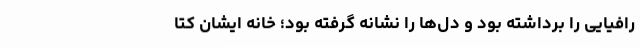
رافیایی را برداشته بود و دل‌ها را نشانه گرفته بود؛ خانه ایشان کتا